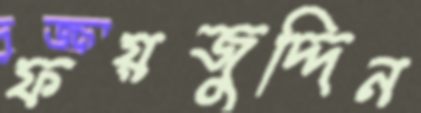
ফয়জুদ্দিন